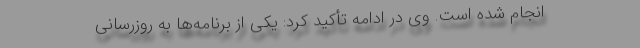
انجام شده است. وی در ادامه تأکید کرد: یکی از برنامه‌ها به روزرسانی